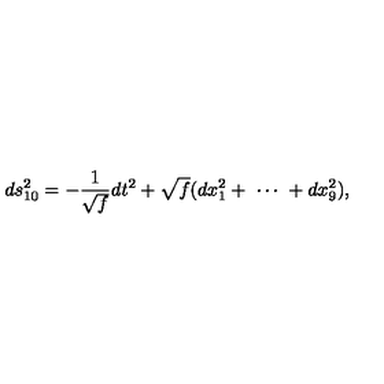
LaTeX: d s _ { 1 0 } ^ { 2 } = - \frac { 1 } { \sqrt { f } } d t ^ { 2 } + \sqrt { f } ( d x _ { 1 } ^ { 2 } + \ \cdots \ + d x _ { 9 } ^ { 2 } ) ,